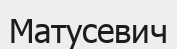
Матусевич